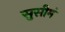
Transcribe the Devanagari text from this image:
सुसीमं